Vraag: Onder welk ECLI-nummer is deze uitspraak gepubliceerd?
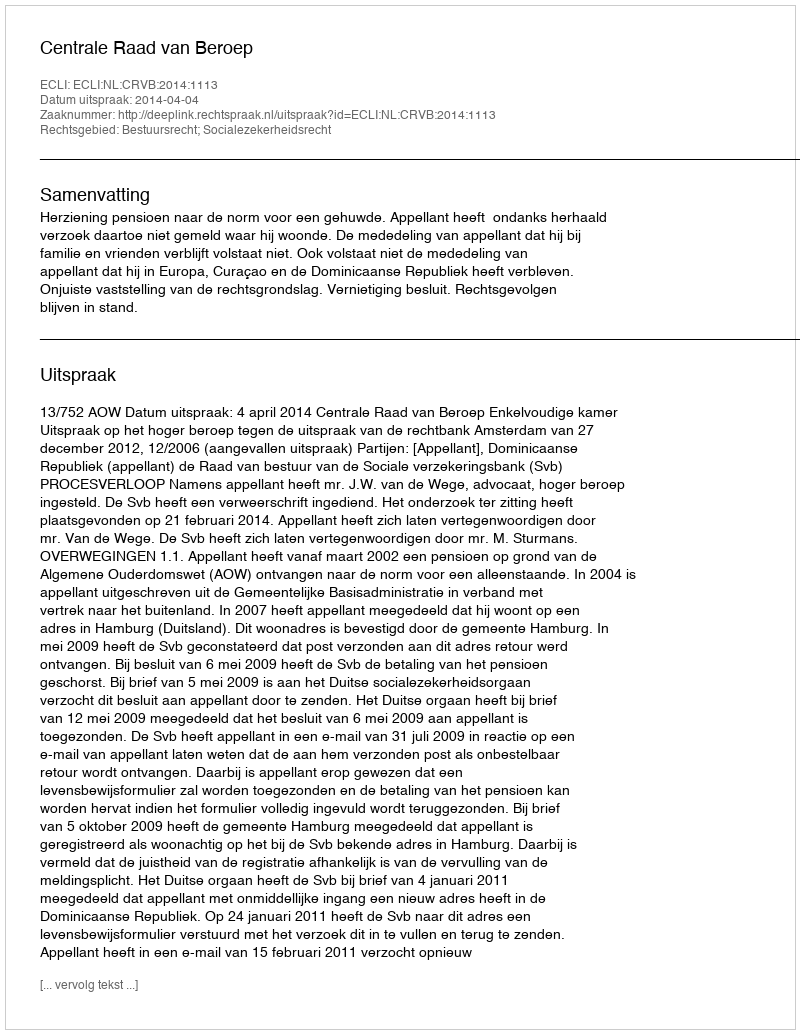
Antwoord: ECLI:NL:CRVB:2014:1113